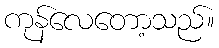
ကုန်လေတော့သည်။